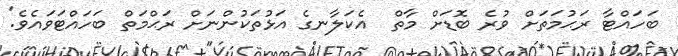
ބަހައްޓާ ރަޙުމަތަށް ވުރެ ބޮޑަށް މާތް  އެކަލާނގެ އަޅުތަކުންނަށް ރަޙްމަތް ބަހައްޓަވައެވެ.'